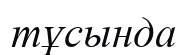
тұсында